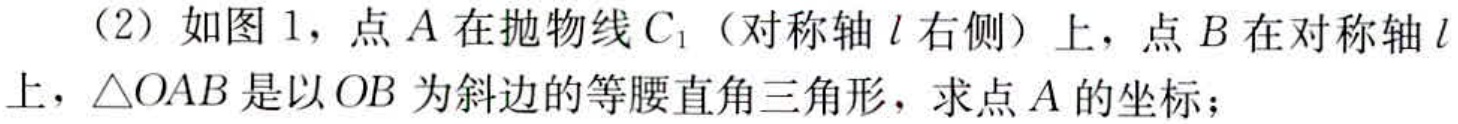
（2）如图 1，点\(A\)在抛物线\(C_{1}\)（对称轴\(l\)右侧）上，点\(B\)在对称轴\(l\)上，\(\triangle OAB\)是以\(OB\)为斜边的等腰直角三角形，求点\(A\)的坐标；